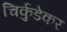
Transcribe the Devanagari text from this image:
चिर्कुडेकर